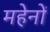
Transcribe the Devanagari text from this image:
महेनों